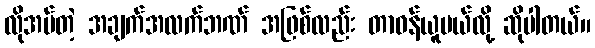
လိုအပ်တဲ့ အချက်အလက်ဘဏ် အဖြစ်လည်း တာဝန်ယူမယ်လို့ ဆိုပါတယ်။